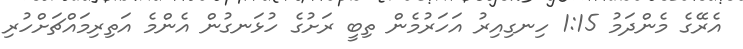
އެރޭގެ މެންދަމު 1:15 ހިނގިއިރު އަހަރުމެން ތިބީ ރަށުގެ ހުޅަނގުން އެންމެ އަތިރިމައްޗަށްހުރި